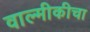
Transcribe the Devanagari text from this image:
वाल्मीकीचा